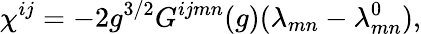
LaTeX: \chi^{ij}=-2g^{3/2}G^{ijmn}(g)(\lambda_{mn}-\lambda_{mn}^{0}),